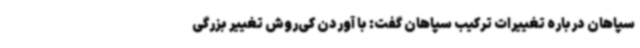
سپاهان درباره تغییرات ترکیب سپاهان گفت: با آوردن کی‌روش تغییر بزرگی